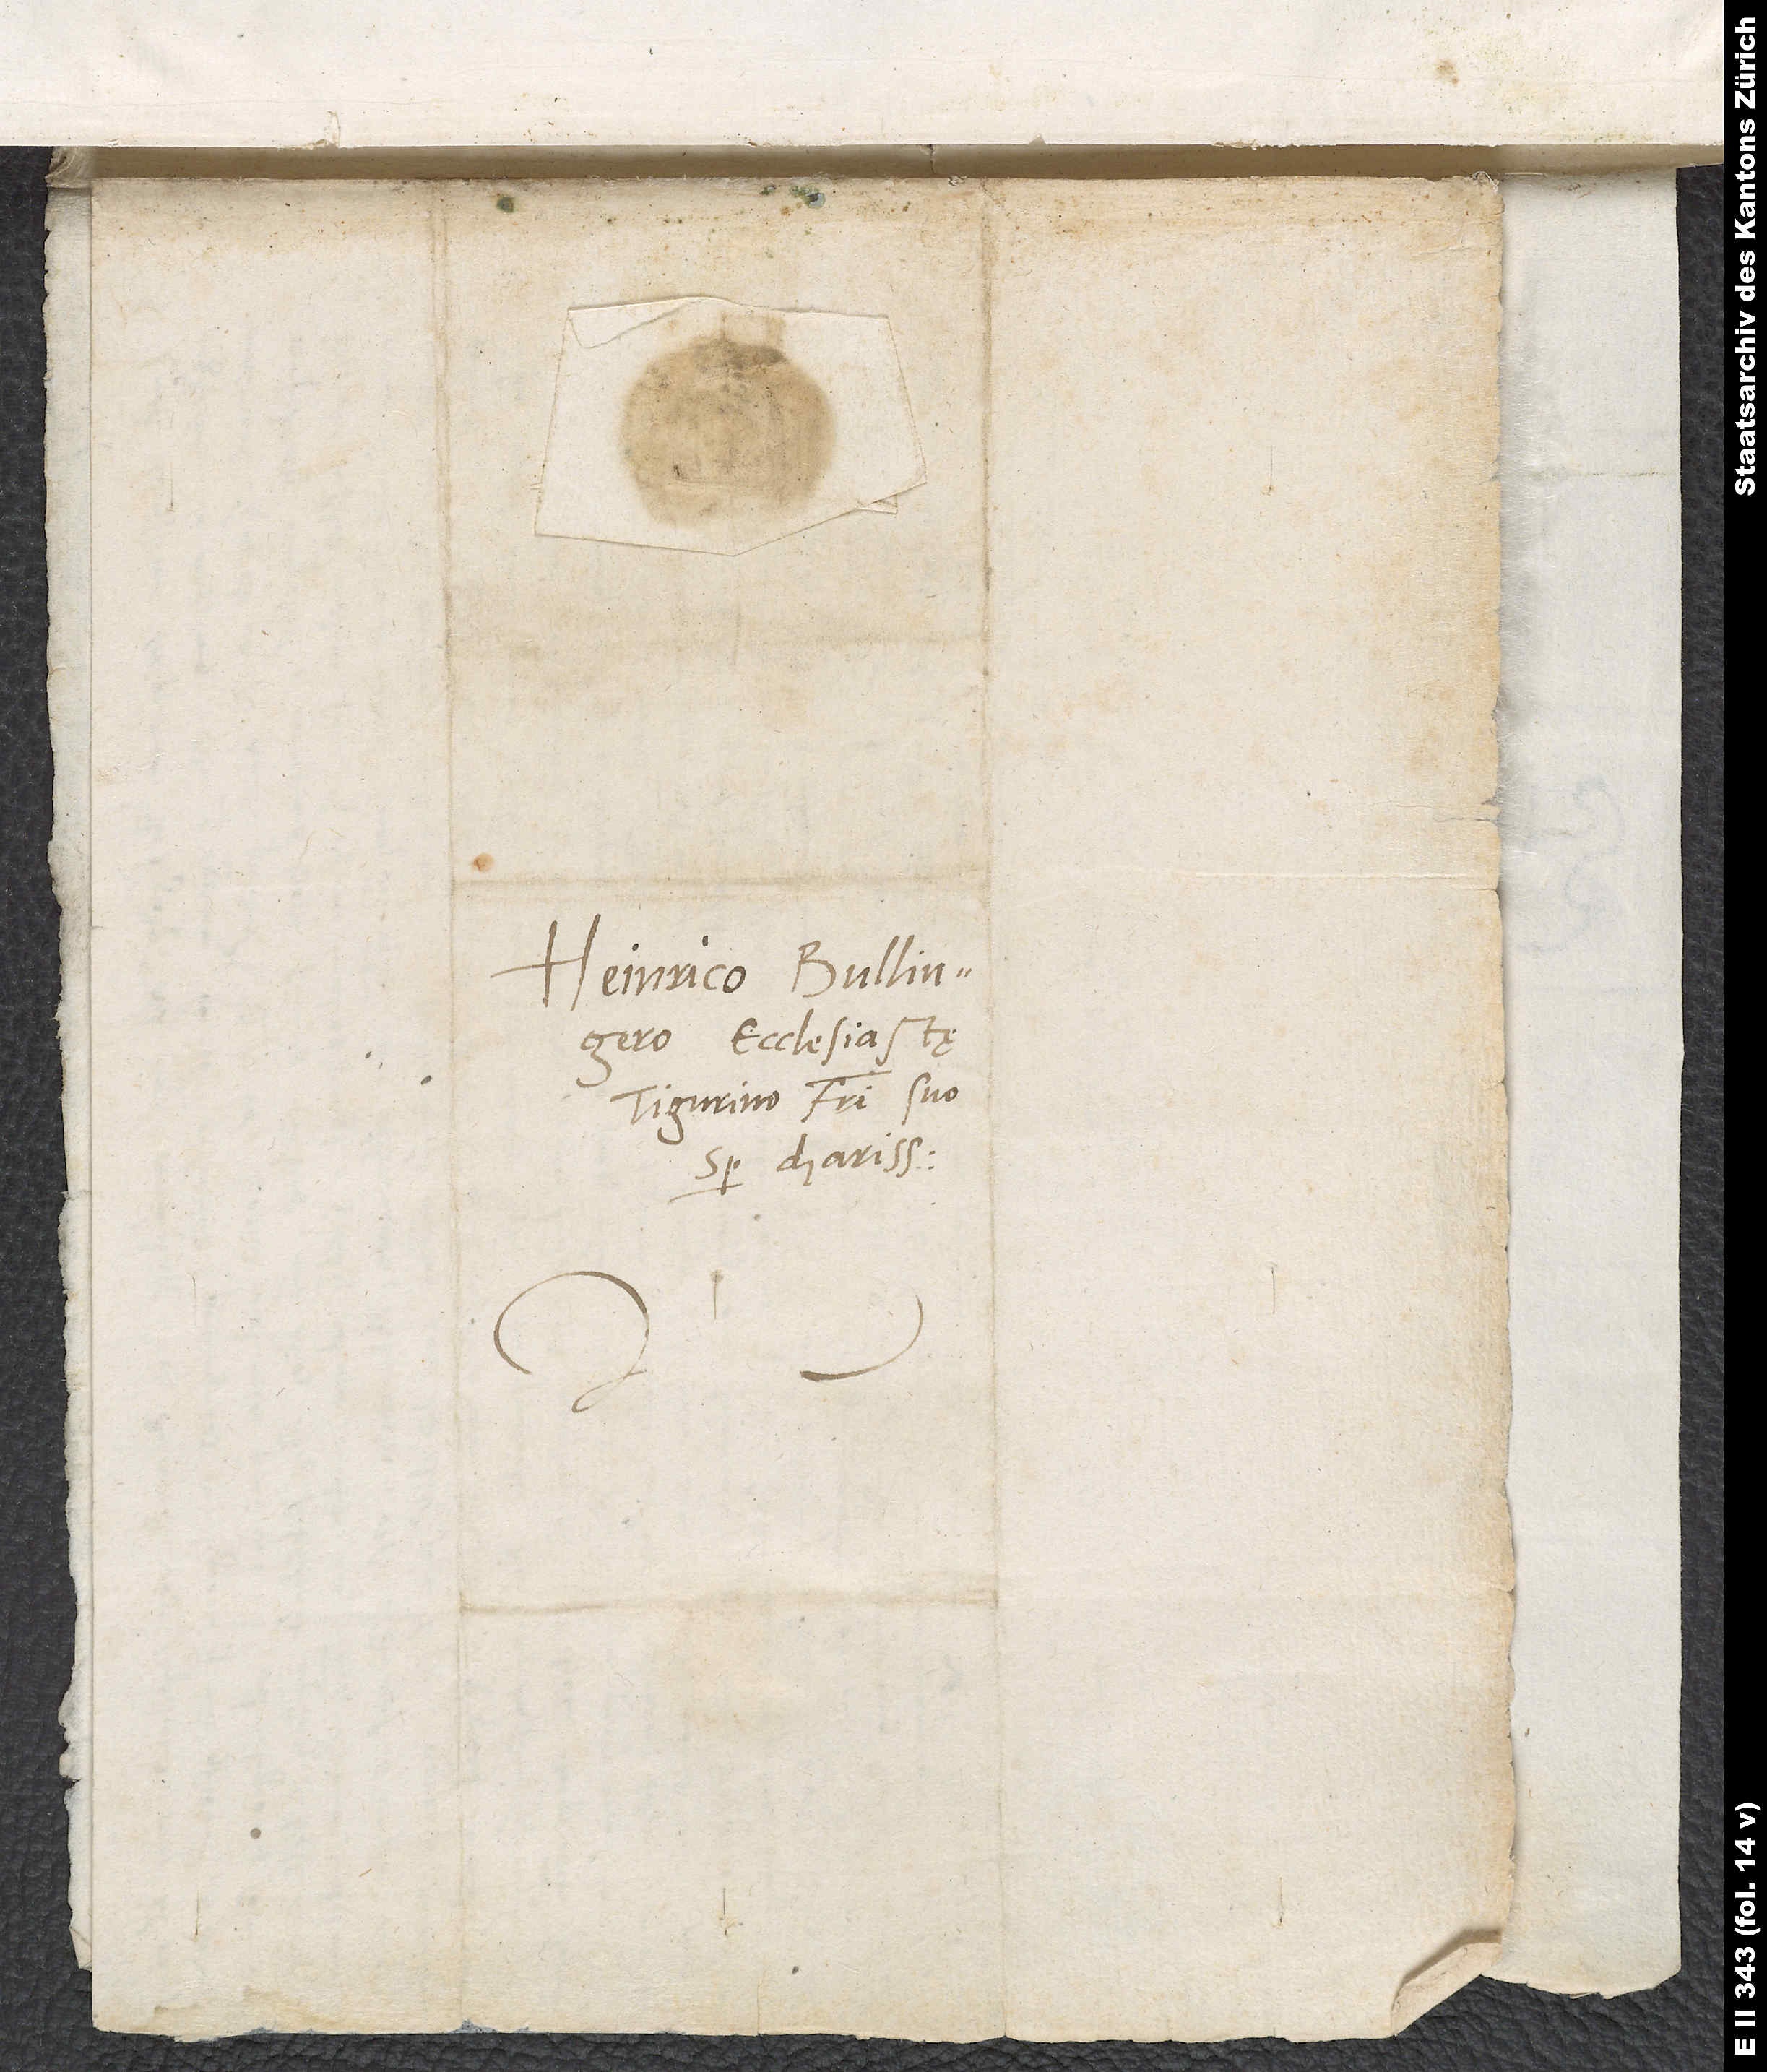
Heinrico Bullingero,
ecclesiastę
Tigurino, fratri suo
semper charissimo.